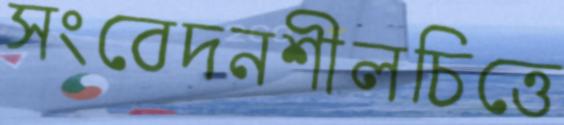
সংবেদনশীলচিত্তে